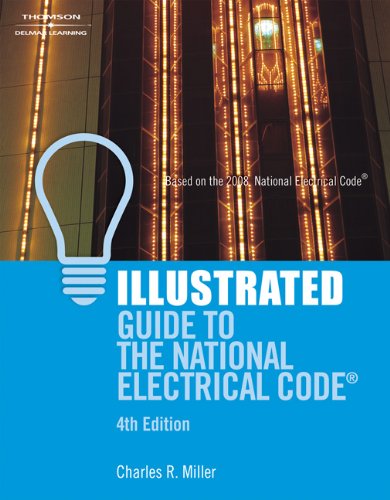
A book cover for Illustrated Guide to the National Electrical Code; Charles Miller; Law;